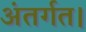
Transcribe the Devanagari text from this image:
अंतर्गत।